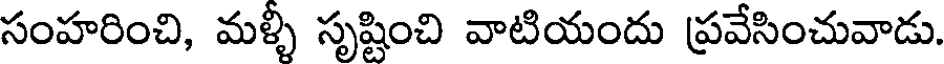
సంహరించి, మళ్ళీ సృష్టించి వాటియందు ప్రవేసించువాడు.